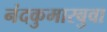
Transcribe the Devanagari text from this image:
नंदकुमारबुवा